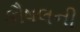
કૌષલની